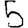
Digit: 5